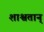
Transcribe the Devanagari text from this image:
शाश्वतान्